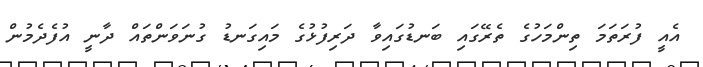
އެއީ ފުރަތަމަ ތިންމަހުގެ ތެރޭގައި ބަނޑުގައިވާ ދަރިފުޅުގެ މައިގަނޑު ގުނަވަންތައް ދާނީ އުފެދެމުން